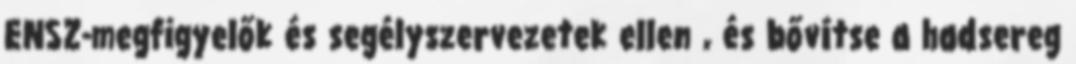
ENSZ-megfigyelők és segélyszervezetek ellen , és bővítse a hadsereg